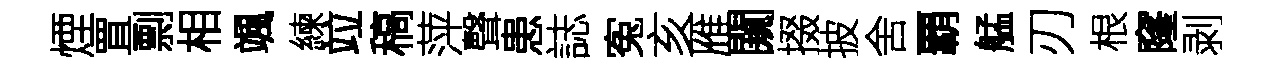
煙罝剽相颯練竝稿萍聲患誌寃亥雁闚掇披舍覇艋刃根窿剥